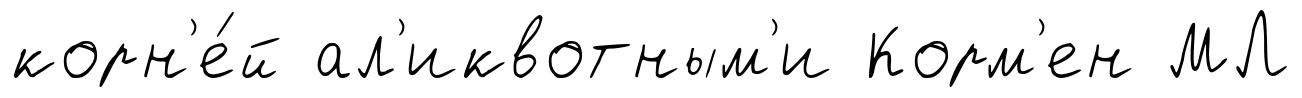
корн'е́й ал'иквотным'и Корм'ен МЛ